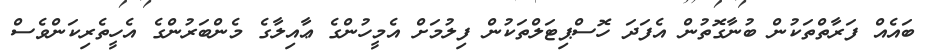
ބައެއް ފަރާތްތަކުން ބުނާގޮތުން އެފަދަ ހޮސްޕިޓަލްތަކުން ފިލުމަށް އެމީހުންގެ ޢާއިލާގެ މެންބަރުންގެ އެހީތެރިކަންވެސް